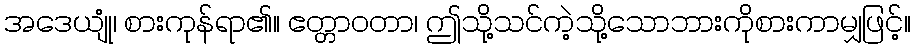
အဒေယျုံ၊ စားကုန်ရာ၏။ ဧတ္တာဝတာ၊ ဤသို့သင်ကဲ့သို့သောဘားကိုစားကာမျှဖြင့်။